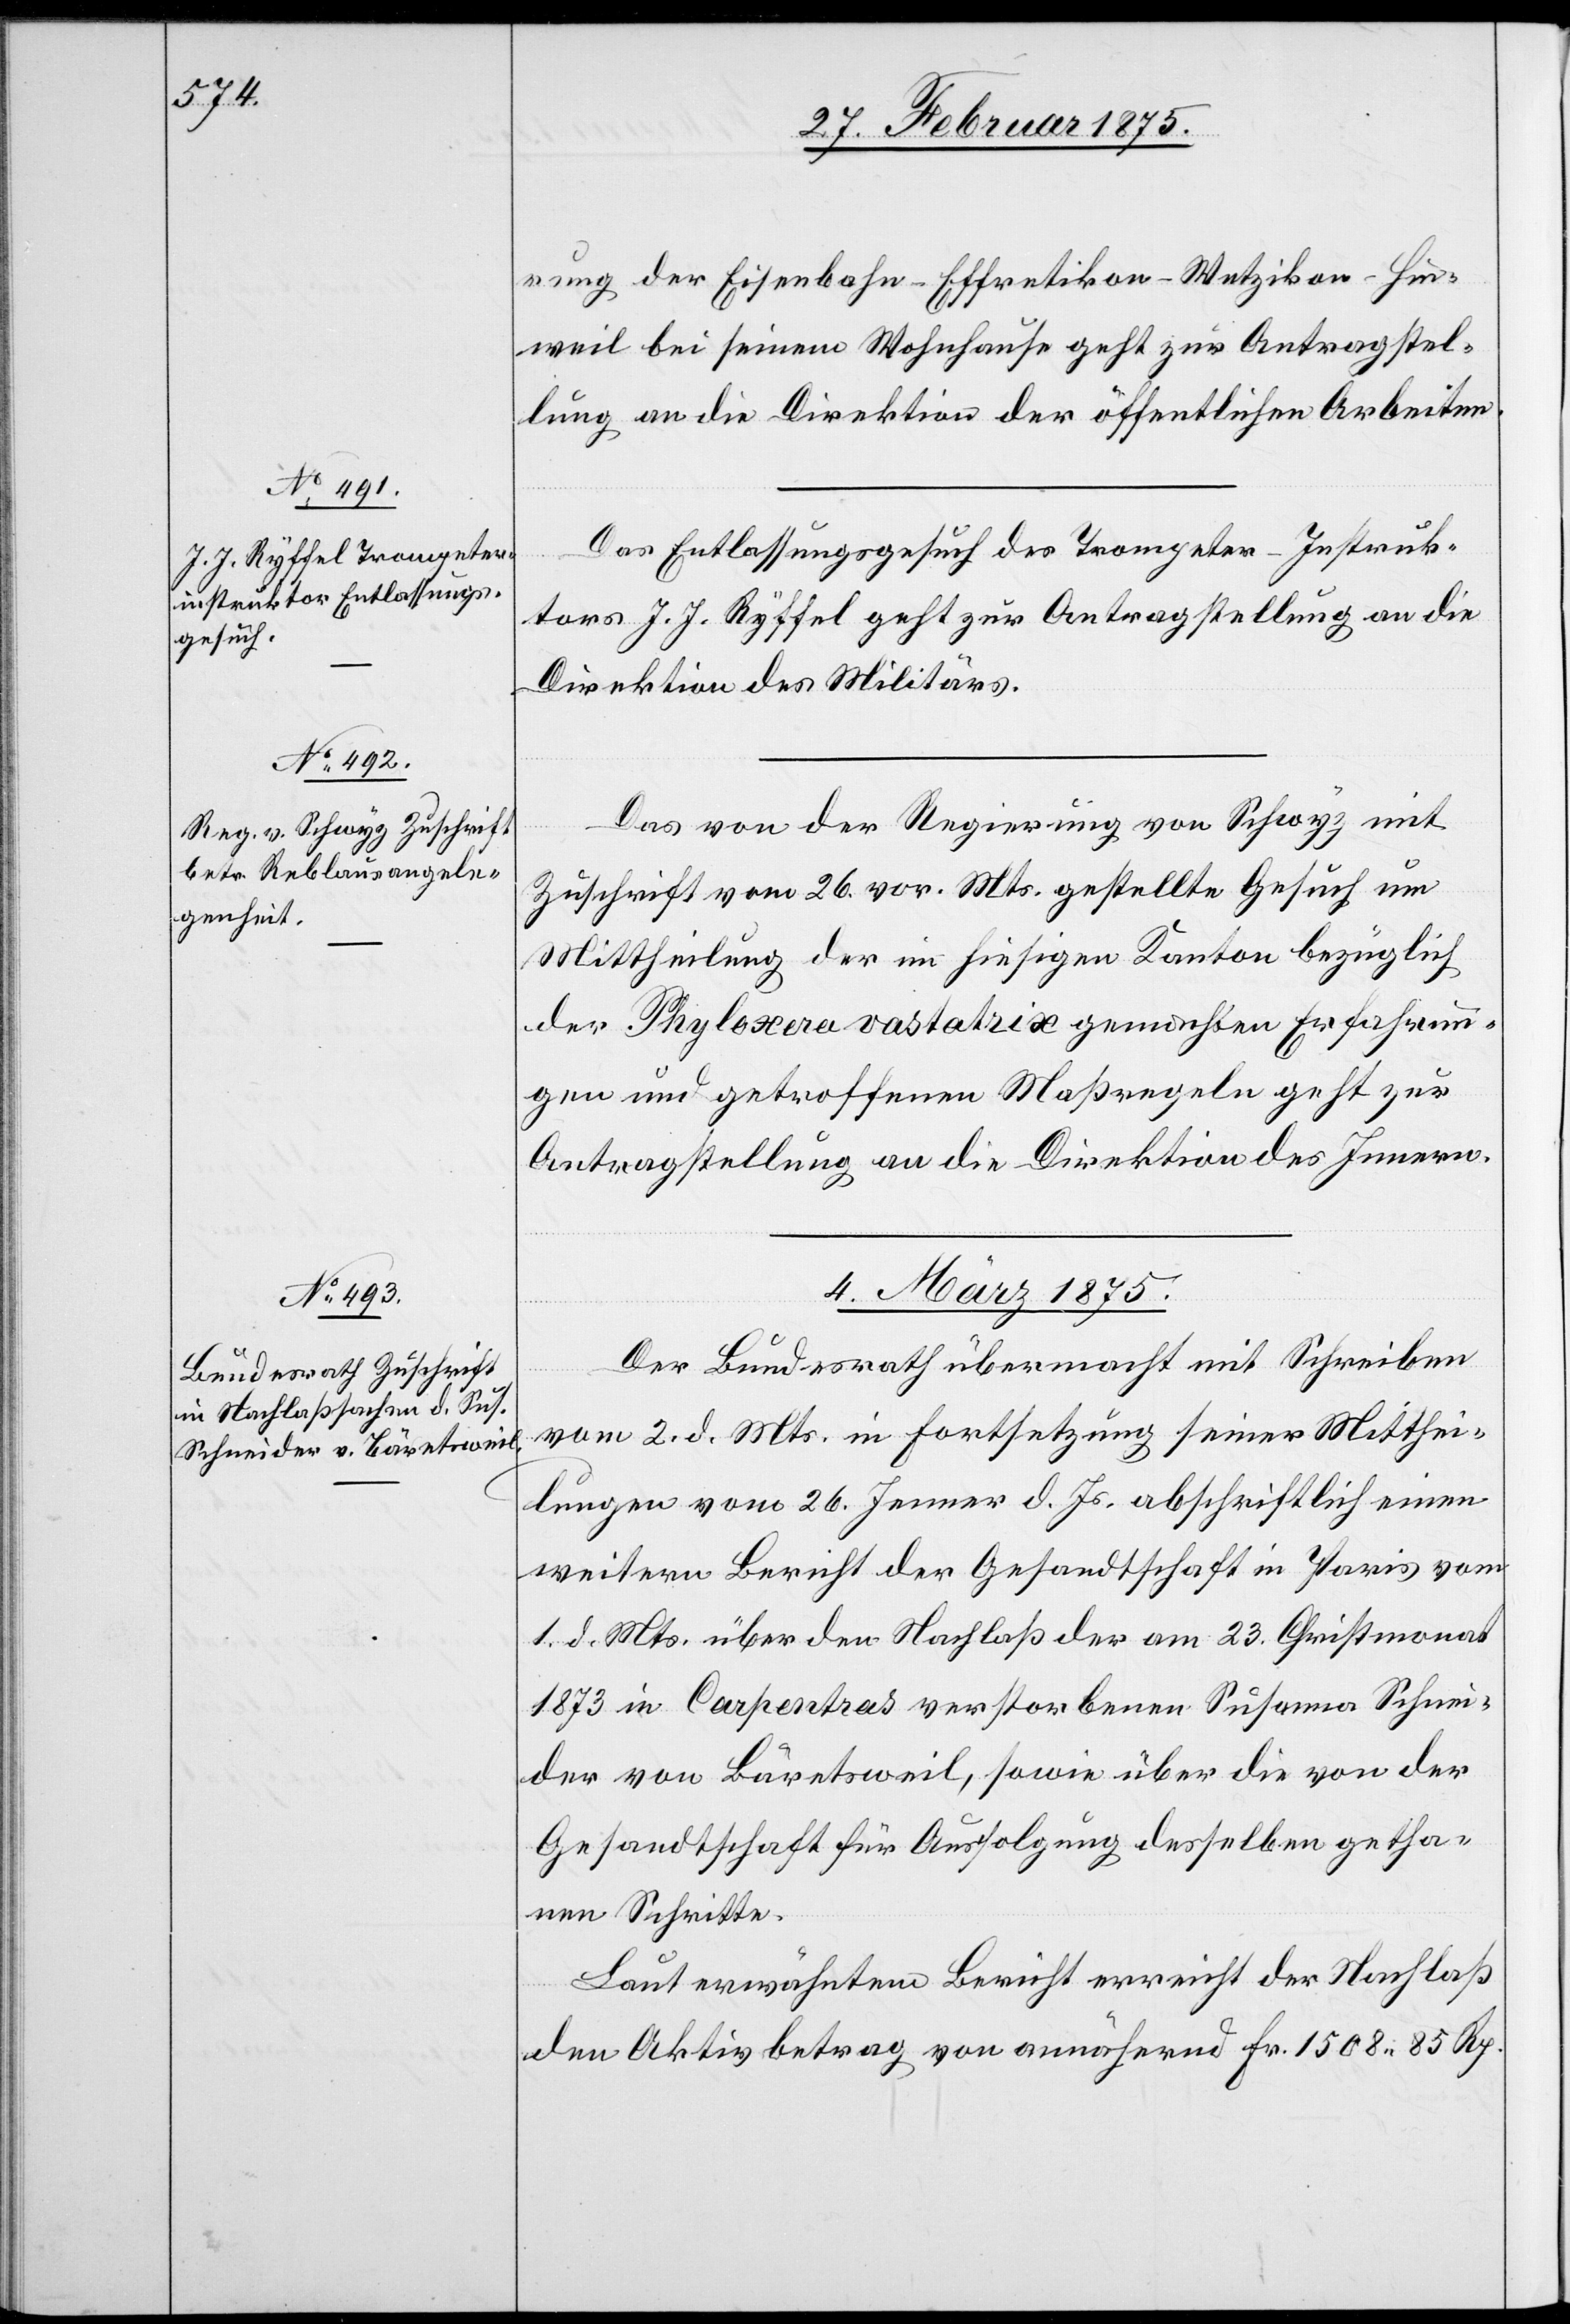
rung der Eisenbahn–Effretikon–Wetzikon–Hin¬
weil bei seinem Wohnhause geht zur Antragstel¬
lung an die Direktion der öffentlichen Arbeiten.
Das Entlassungsgesuch des Trompeter-Instruk¬
tors J. J. Ryffel geht zur Antragstellung an die
Direktion des Militärs.
Das von der Regierung von Schwyz mit
Zuschrift vom 26. vor. Mts. gestellte Gesuch um
Mittheilung der im hiesigen Kanton bezüglich
der Phyloxera vastatrix gemachten Erfahrun¬
gen und getroffenen Maßregeln geht zur
Antragstellung an die Direktion des Innern.
4. März 1875.
Der Bundesrath übermacht mit Schreiben
vom 2. d. Mts. in Fortsetzung seiner Mitthei¬
lungen vom 26. Jenner d. Js. abschriftlich einen
weitern Bericht der Gesandtschaft in Paris vom
1. d. Mts. über den Nachlaß der am 23. Christmonat
1873 in Carpentras verstorbenen Susanna Schnei¬
der von Bäretsweil, sowie über die von der
Gesandtschaft für Ausfolgung desselben getha¬
nen Schritte.
Laut erwähntem Bericht erreicht der Nachlaß
den Aktivbetrag von annähernd Fr. 1508. 85 Rp.